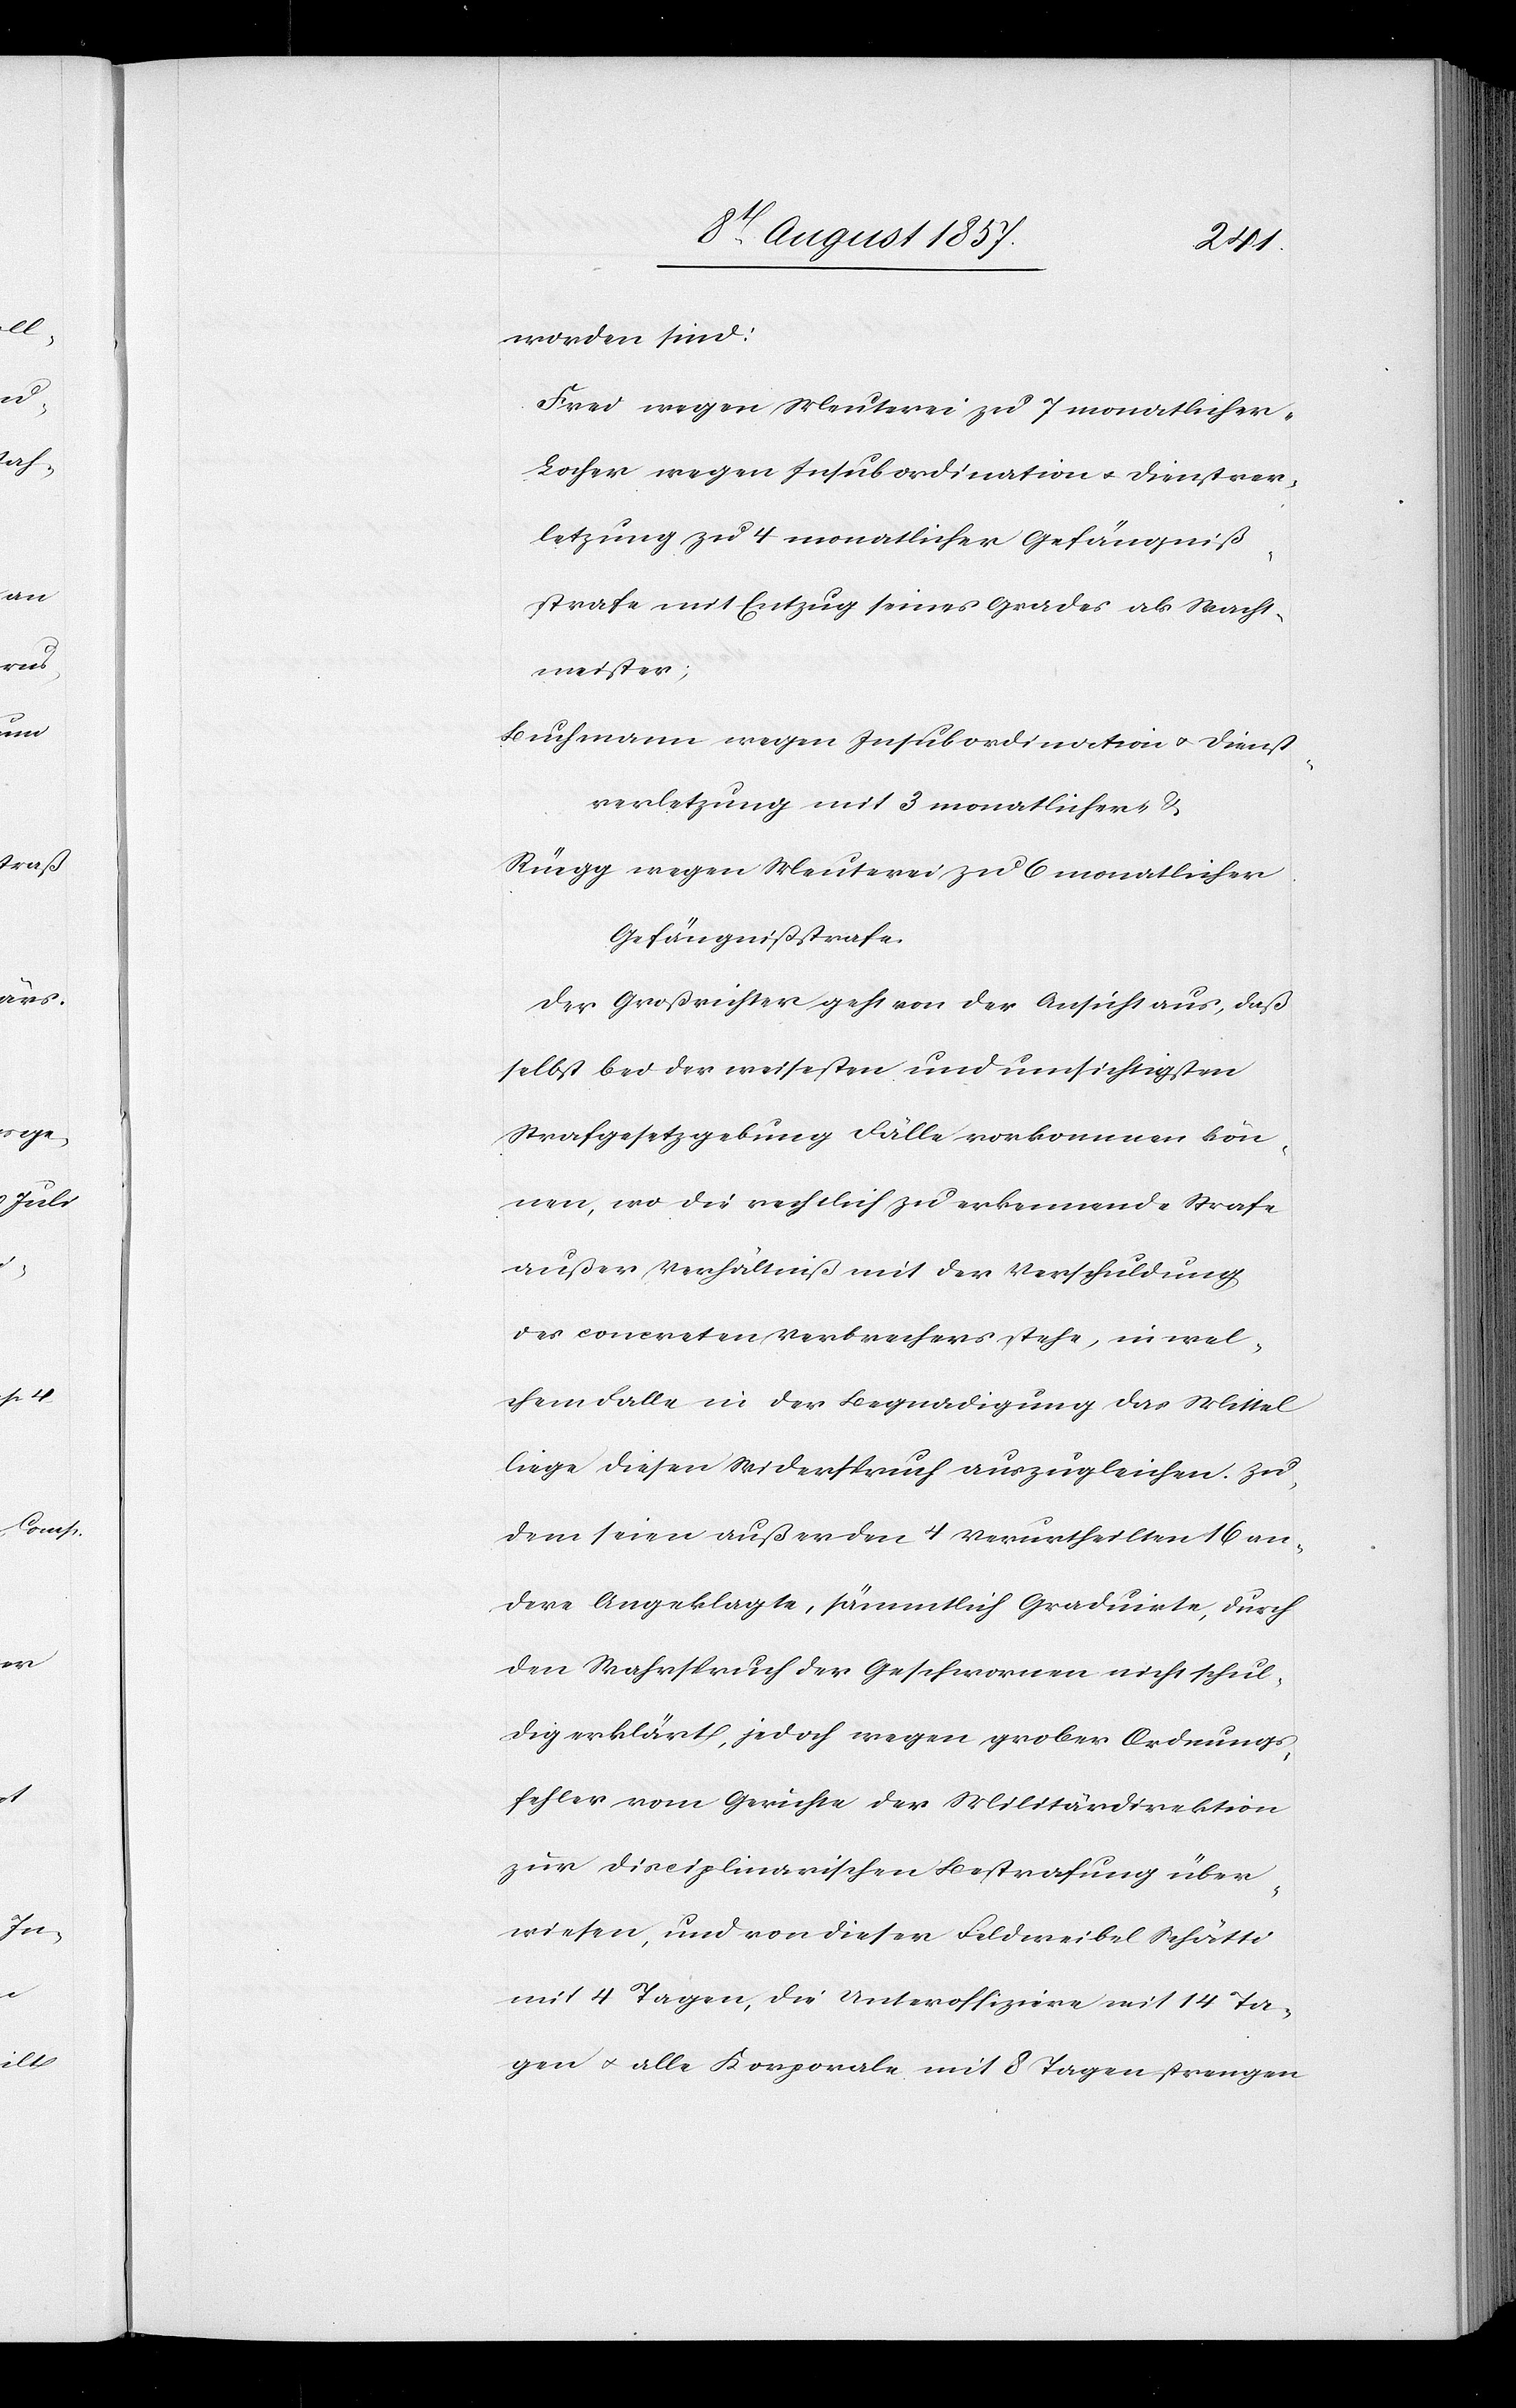
worden sind:
Frei wegen Meuterei zu 7 monatlicher-[,]
Locher wegen Insubordination & Dienstver¬
letzung zu 4 monatlicher Gefängniß¬
strafe mit Entzug seines Grades als Wacht¬
meister;
Buchmann wegen Insubordination & Dienst¬
verletzung mit 3 monatlicher- &
Rüegg wegen Meuterei zu 6 monatlicher
Gefängnißstrafe.
Der Großrichter geht von der Ansicht aus, daß
selbst bei der weitesten und umsichtigsten
Strafgesetzgebung Fälle vorkommen kön¬
nen, wo die rechtlich zu erkennende Strafe
außer Verhältniß mit der Verschuldung
des concreten Verbrechens stehe, in wel¬
chem Falle in der Begnadigung das Mittel
liege diesen Widerspruch auszugleichen. Zu¬
dem seien außer den 4 Verurtheilten 16 an¬
dere Angeklagte, sämmtlich Graduirte, durch
den Wahrspruch der Geschworenen nicht schul¬
dig erklärt, jedoch wegen grober Ordnungs¬
fehler vom Gerichte der Militärdirektion
zur disciplinarischen Bestrafung über¬
wiesen, und von dieser Feldweibel Schätti
mit 4 Tagen, die Unteroffiziere mit 14 Ta¬
gen & alle Korporale mit 8 Tagen strengen